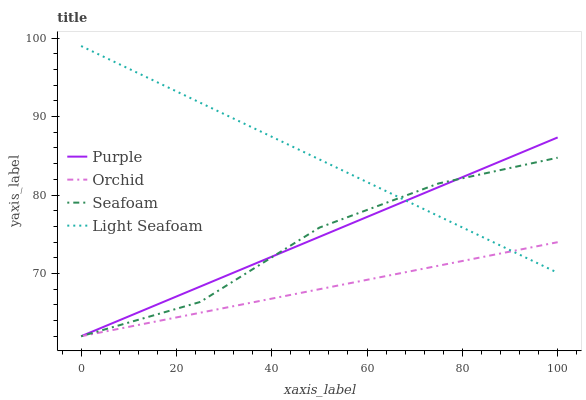
| xaxis_label | Purple | Orchid | Seafoam | Light Seafoam |
 | --- | --- | --- | --- | --- |
 | 0 | 62 | 62 | 62 | 99 |
 | 25 | 68.3 | 65 | 66.4 | 91.8 |
 | 50 | 74.7 | 68 | 75.8 | 84.5 |
 | 75 | 81 | 71 | 81.5 | 77.3 |
 | 100 | 87.3 | 74 | 84.8 | 70.1 |